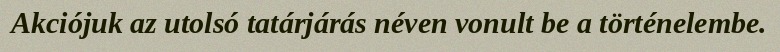
Akciójuk az utolsó tatárjárás néven vonult be a történelembe.